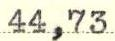
44,73